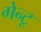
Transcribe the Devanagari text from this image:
गेन्टू